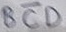
Text: BCD